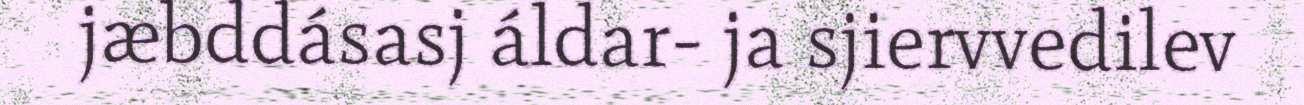
jæbddásasj áldar- ja sjiervvedilev